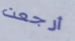
أرجعت